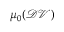
\mu _ { 0 } ( \mathcal { D V } )